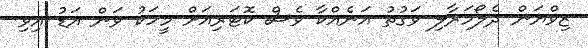
ޒިވްޔަން ދެލޯމަރާލި ވަގުތު އަނެއްކާ ވެސް ކޮޓަރިއަށް މީހަކު ވަން އަޑު އިވި